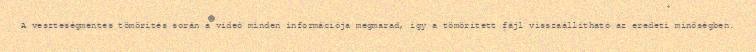
A veszteségmentes tömörítés során a videó minden információja megmarad, így a tömörített fájl visszaállítható az eredeti minőségben.